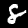
Digit: 8